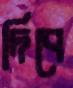
দিবে